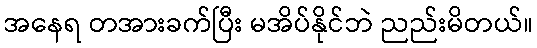
အနေရ တအားခက်ပြီး မအိပ်နိုင်ဘဲ ညည်းမိတယ်။